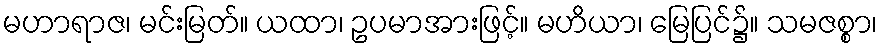
မဟာရာဇ၊ မင်းမြတ်။ ယထာ၊ ဥပမာအားဖြင့်။ မဟိယာ၊ မြေပြင်၌။ သမဇစ္စာ၊